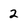
Character: 2